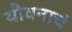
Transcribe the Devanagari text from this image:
यौवनाचं